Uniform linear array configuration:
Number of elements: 24
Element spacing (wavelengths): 0.5
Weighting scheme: blackman
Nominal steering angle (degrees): -15
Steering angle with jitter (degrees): -14.823
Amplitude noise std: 0.05
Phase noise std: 0.05

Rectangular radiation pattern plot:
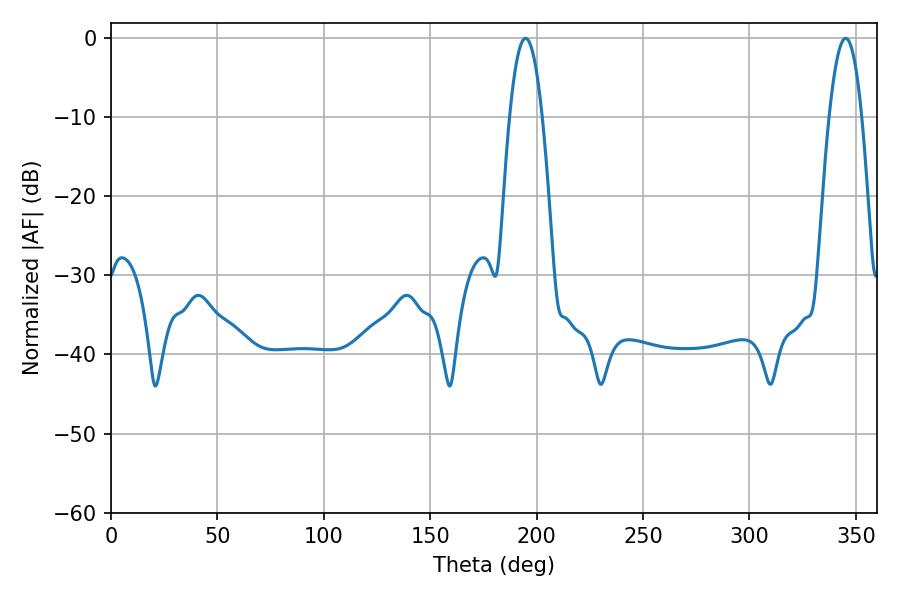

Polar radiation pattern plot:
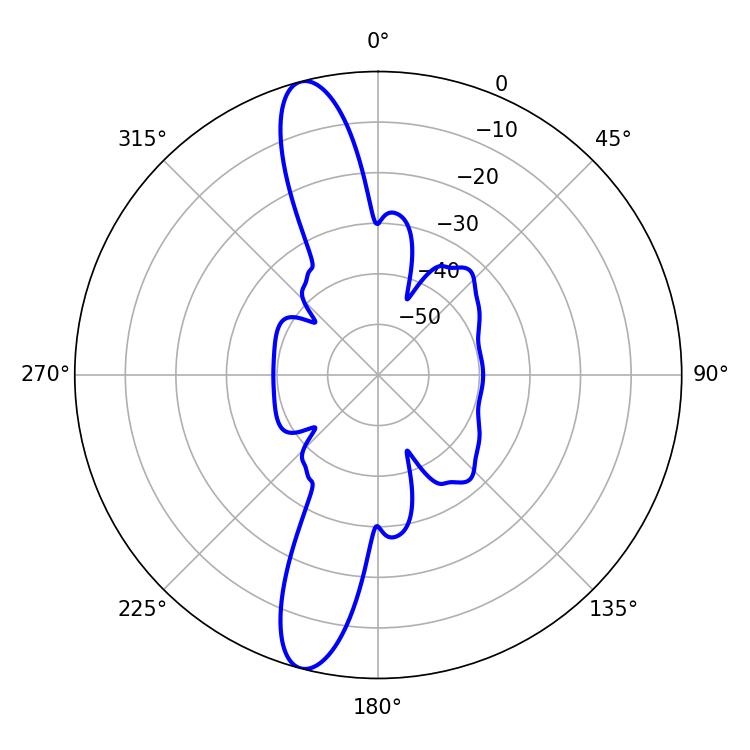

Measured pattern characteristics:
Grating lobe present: FALSE
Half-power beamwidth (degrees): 8.46
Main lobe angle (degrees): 194.76